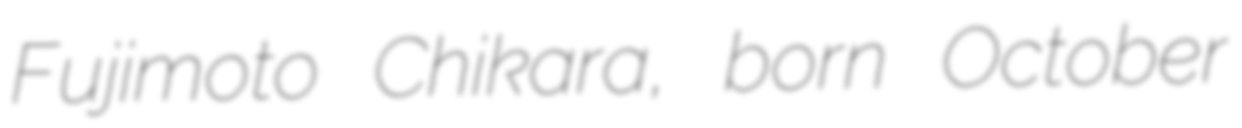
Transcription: Fujimoto Chikara, born October